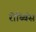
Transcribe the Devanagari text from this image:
रोब्बिंस